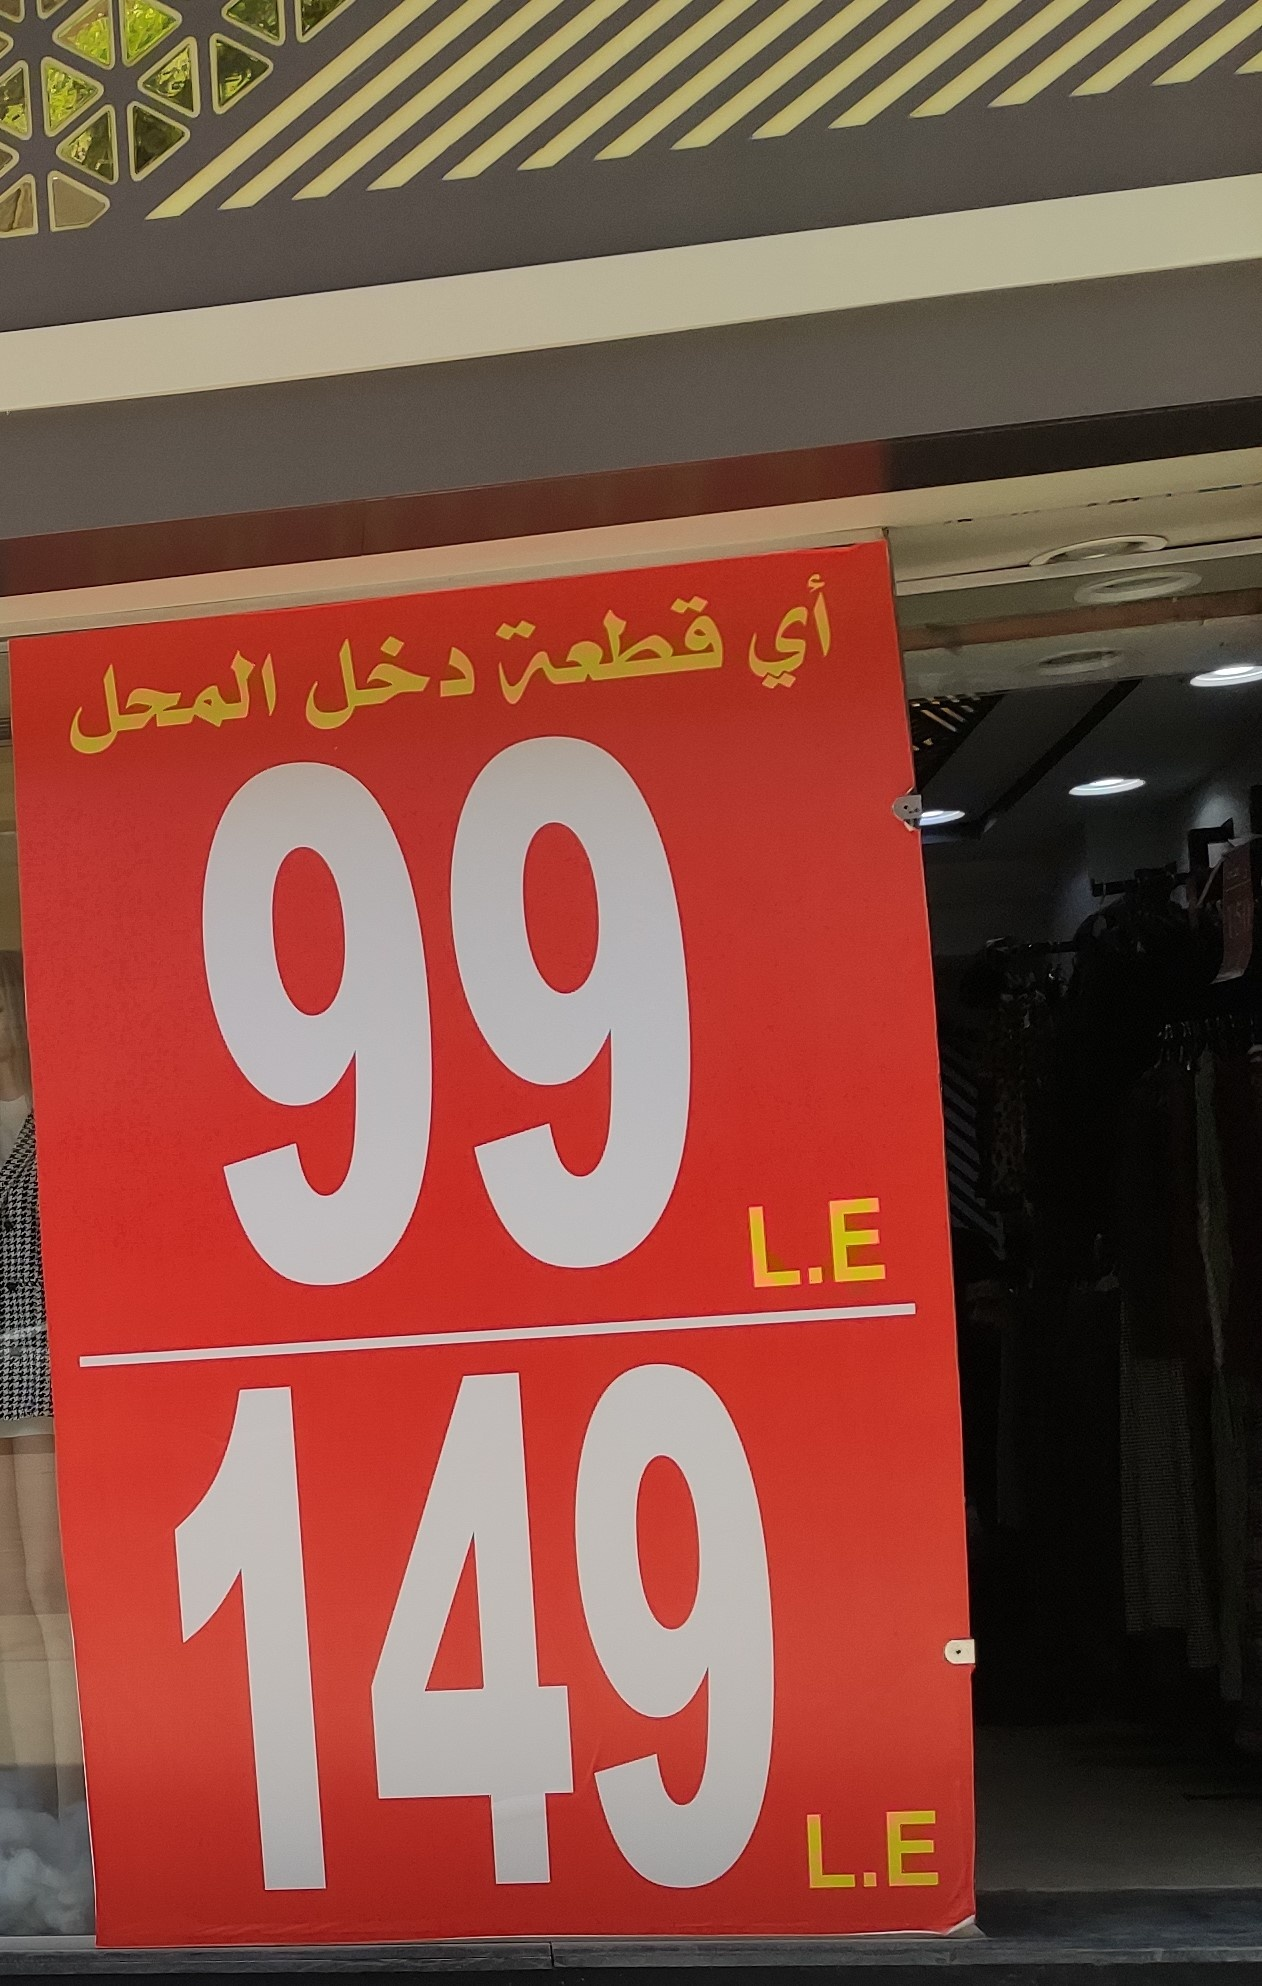
Text in image: أي قطعة دخل المحل 99 L.E 149 L.E